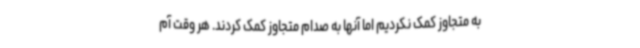
به متجاوز کمک نکردیم اما آنها به صدام متجاوز کمک کردند. هر وقت آم